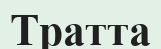
Тратта